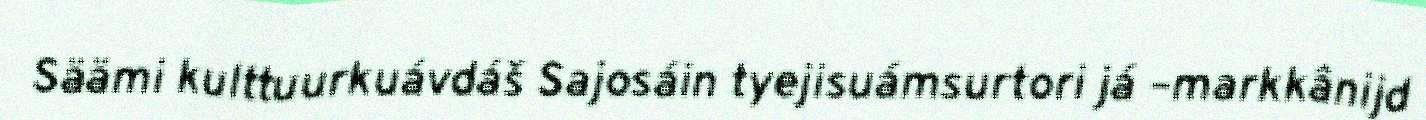
Säämi kulttuurkuávdáš Sajosáin tyejisuámsurtori já –markkânijd